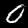
Label: 0